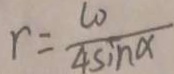
r = \frac { l _ { 0 } } { 4 \sin \alpha }